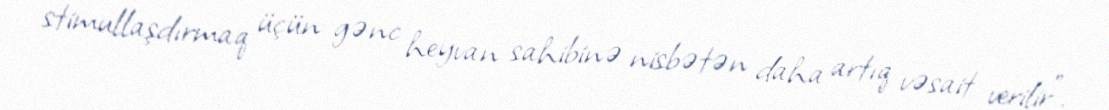
stimullaşdırmaq üçün gənc heyvan sahibinə nisbətən daha artıq vəsait verilir”.